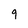
Character: 9